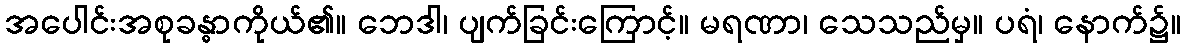
အပေါင်းအစုခန္ဓာကိုယ်၏။ ဘေဒါ၊ ပျက်ခြင်းကြောင့်။ မရဏာ၊ သေသည်မှ။ ပရံ၊ နောက်၌။